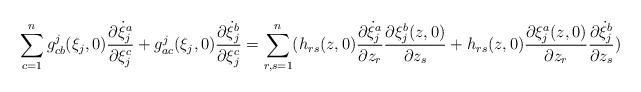
LaTeX: \begin{align*}\sum_{c=1}^n g_{cb}^j(\xi_j,0)\frac{\partial \dot{\xi}_j^a}{\partial \xi_j^c}+g_{ac}^j(\xi_j,0)\frac{\partial \dot{\xi}_j^b}{\partial \xi_j^c}=\sum_{r,s=1}^n (h_{rs}(z,0)\frac{\partial \dot{\xi}_j^a}{\partial z_r}\frac{\partial \xi_j^b(z,0)}{\partial z_s}+ h_{rs}(z,0)\frac{\partial \xi_j^a(z,0)}{\partial z_r}\frac{\partial \dot{\xi}_j^b}{\partial z_s})\end{align*}